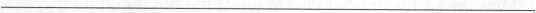
___